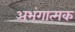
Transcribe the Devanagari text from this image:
अभंगात्मक